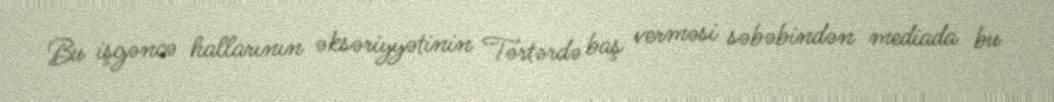
Bu işgəncə hallarının əksəriyyətinin Tərtərdə baş verməsi səbəbindən mediada bu